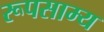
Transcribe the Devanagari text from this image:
रूपसाम्य